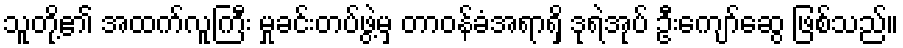
သူတို့၏ အထက်လူကြီး မှုခင်းတပ်ဖွဲ့မှ တာဝန်ခံအရာရှိ ဒုရဲအုပ် ဦးကျော်ဆွေ ဖြစ်သည်။